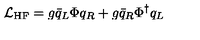
{ \cal L } _ { \mathrm { H F } } = g \bar { q } _ { L } \Phi q _ { R } + g \bar { q } _ { R } \Phi ^ { \dagger } q _ { L }